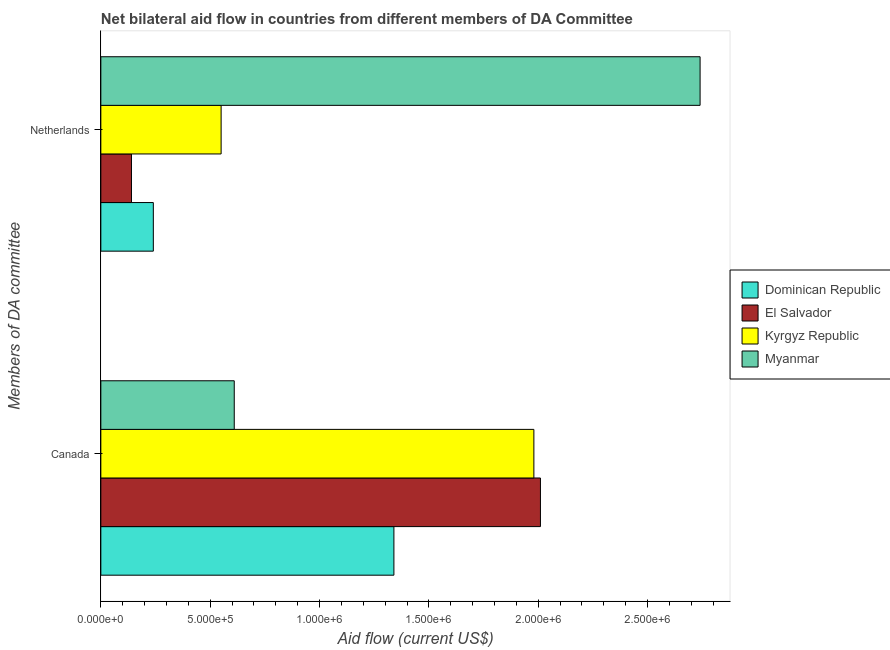
| Members of DA committee | Dominican Republic | El Salvador | Kyrgyz Republic | Myanmar |
 | --- | --- | --- | --- | --- |
 | Canada | 1.34e+06 | 2.01e+06 | 1.98e+06 | 6.1e+05 |
 | Netherlands | 2.4e+05 | 1.4e+05 | 5.5e+05 | 2.74e+06 |